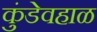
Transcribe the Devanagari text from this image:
कुंडेवहाळ